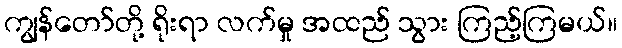
ကျွန်တော်တို့ ရိုးရာ လက်မှု အထည် သွား ကြည့်ကြမယ်။